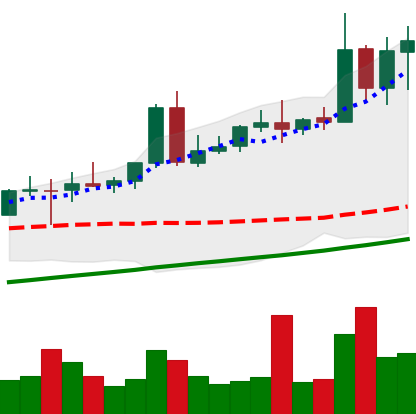
Ticker: NEO-USD
Chart end date: 2020-08-13
Forward return: 10.394%
Label: up_7plus